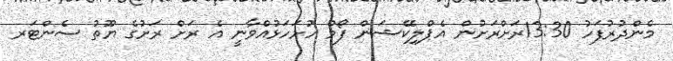
މެެންދުރުފަހު 13:30ރަށްރަށުން އެޕްލިކޭޝަން ފޯމް ހުށަހަޅުއްވާނީ އެ ރަށް ރަށުގެ ޔޫތު ސެންޓަރ